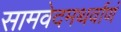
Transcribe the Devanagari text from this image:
सामवेदमथर्वाणं